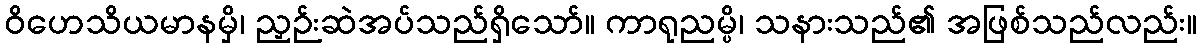
ဝိဟေသိယမာနမှိ၊ ညှဉ်းဆဲအပ်သည်ရှိသော်။ ကာရုညမ္ပိ၊ သနားသည်၏ အဖြစ်သည်လည်း။